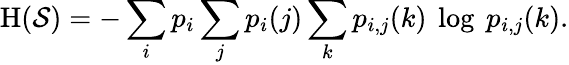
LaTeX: \mathrm{H}({\mathcal{S}})=-\sum_{i}p_{i}\sum_{j}p_{i}(j)\sum_{k}p_{i,j}(k)\ \log\ p_{i,j}(k).